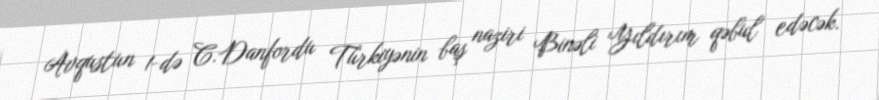
Avqustun 1-də C.Danfordu Türkiyənin baş naziri Binəli Yıldırım qəbul edəcək.